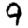
Digit: 9